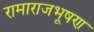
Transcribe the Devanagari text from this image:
रामाराजभूषण